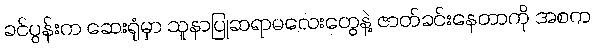
ခင်ပွန်းက ဆေးရုံမှာ သူနာပြုဆရာမလေးတွေနဲ့ ဇာတ်ခင်းနေတာကို အစက